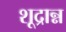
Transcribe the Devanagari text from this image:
शूद्रान्न